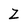
Character: Z